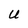
Character: U